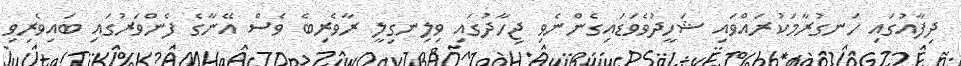
ދިފާއުގައި ހަނގުރާމަކުރައްވައި ޝަހީދުވެވަޑައިގެންނެވި ޖިހާދުގައި ވިލިނގިލީ ރާވެރިބެ ވެސް އޭނާގެ ފެންވަރުގައި ބައިވެރިވި